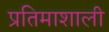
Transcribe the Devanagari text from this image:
प्रतिमाशाली